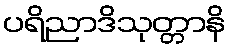
ပရိညာဒိသုတ္တာနိ